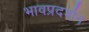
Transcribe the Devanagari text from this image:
भावप्रदर्शन